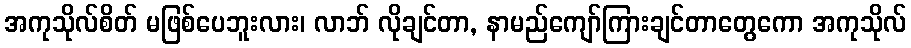
အကုသိုလ်စိတ် မဖြစ်ပေဘူးလား၊ လာဘ် လိုချင်တာ, နာမည်ကျော်ကြားချင်တာတွေကော အကုသိုလ်